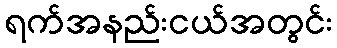
ရက်အနည်းငယ်အတွင်း